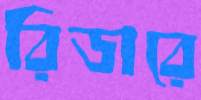
রিডারে